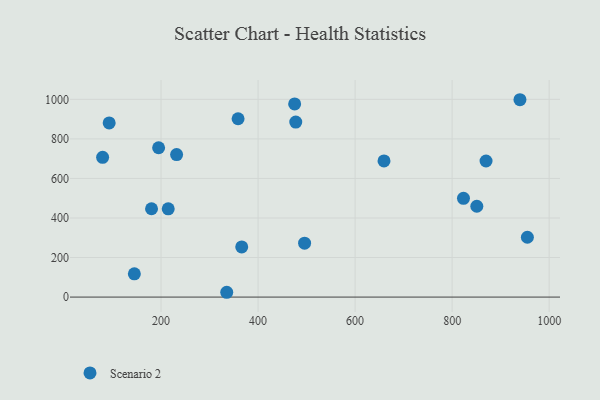
{"axis": {"x": "Price", "y": "Salary"}, "legend": ["Scenario 2"], "data": [{"x": "335.4", "y": 24.3, "type": "Scenario 2"}, {"x": "195.0", "y": 755.3, "type": "Scenario 2"}, {"x": "180.4", "y": 446.8, "type": "Scenario 2"}, {"x": "79.6", "y": 706.6, "type": "Scenario 2"}, {"x": "214.8", "y": 446.4, "type": "Scenario 2"}, {"x": "93.1", "y": 880.6, "type": "Scenario 2"}, {"x": "366.3", "y": 253.6, "type": "Scenario 2"}, {"x": "358.8", "y": 901.9, "type": "Scenario 2"}, {"x": "475.4", "y": 976.7, "type": "Scenario 2"}, {"x": "232.1", "y": 720.7, "type": "Scenario 2"}, {"x": "955.1", "y": 302.5, "type": "Scenario 2"}, {"x": "145.0", "y": 117.8, "type": "Scenario 2"}, {"x": "823.4", "y": 499.2, "type": "Scenario 2"}, {"x": "939.8", "y": 998.1, "type": "Scenario 2"}, {"x": "659.6", "y": 688.8, "type": "Scenario 2"}, {"x": "850.9", "y": 459.3, "type": "Scenario 2"}, {"x": "477.7", "y": 885.0, "type": "Scenario 2"}, {"x": "869.9", "y": 688.2, "type": "Scenario 2"}, {"x": "495.9", "y": 272.4, "type": "Scenario 2"}]}